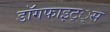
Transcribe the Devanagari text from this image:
डाॅगफाइट््स